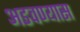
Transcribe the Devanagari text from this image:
अडवण्यास